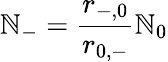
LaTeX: \mathbb{N}_{-}=\frac{{r_{-,0}}}{{r_{0,-}}}\mathbb{N}_{0}